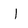
Character: l